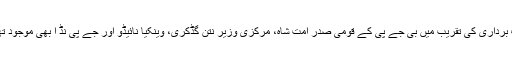
حلف برداری کی تقریب میں بی جے پی کے قومی صدر امت شاہ، مرکزی وزیر نتن گڈکری، وینکیا نائیڈو اور جے پی نڈ ا بھی موجود تھے ۔